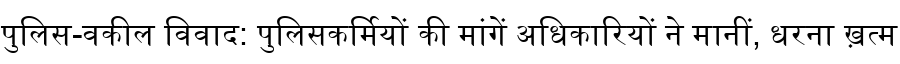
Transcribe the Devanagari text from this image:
पुलिस-वकील विवाद: पुलिसकर्मियों की मांगें अधिकारियों ने मानीं, धरना ख़त्म